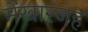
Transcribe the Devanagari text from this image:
मेंखारजह